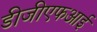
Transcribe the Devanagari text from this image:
डीजीएफआई